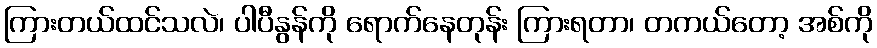
ကြားတယ်ထင်သလဲ၊ ပါပီနွန်ကို ရောက်နေတုန်း ကြားရတာ၊ တကယ်တော့ အစ်ကို